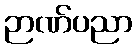
ဉာဏ်ပညာ